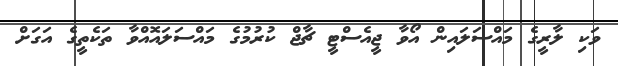
ވަކި ލާރީގެ މައްސަލައިން އޯވާ ޖީއެސްޓީ ޗާޖް ކުރުމުގެ މައްސަލައޮއްވާ ތަކެތީގެ އަގަށް